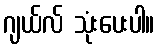
ဂျယ်လ် သုံးပေးပါ။